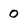
Character: 0